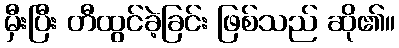
မှီးပြီး တီထွင်ခဲ့ခြင်း ဖြစ်သည် ဆို၏။